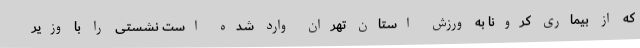
که از بیماری کرونا به ورزش استان تهران وارد شده است نشستی را با وزیر